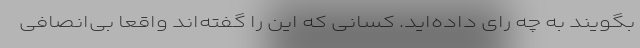
بگویند به چه رای داده‌اید. کسانی که این را گفته‌اند واقعا بی‌انصافی